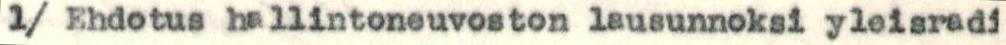
1/ Ehdotus hallintoneuvoston lausunnoksi yleisradi